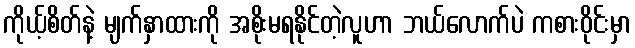
ကိုယ့်စိတ်နဲ့ မျက်နှာထားကို အစိုးမရနိုင်တဲ့လူဟာ ဘယ်လောက်ပဲ ကစားဝိုင်းမှာ